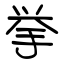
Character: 挙